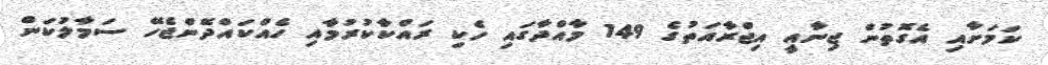
ކަމަށާއި އެގޮތުން ޖިނާއީ އިޖްރާއަތުގެ 149 މާއްދާގައި ހެކި ރައްކާކުރުމާއި ހެއްކައްދޭންޖެހޭ ސަމާލުކަން